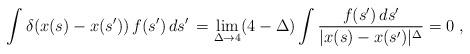
LaTeX: \begin{align*}\int \delta (x(s)-x(s'))\, f(s')\, ds'\, =\lim _{\Delta \to 4}(4-\Delta )\int \frac{f(s')\, ds'}{|x(s)-x(s')|^{\Delta }}=0\; ,\end{align*}